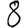
Digit: 8